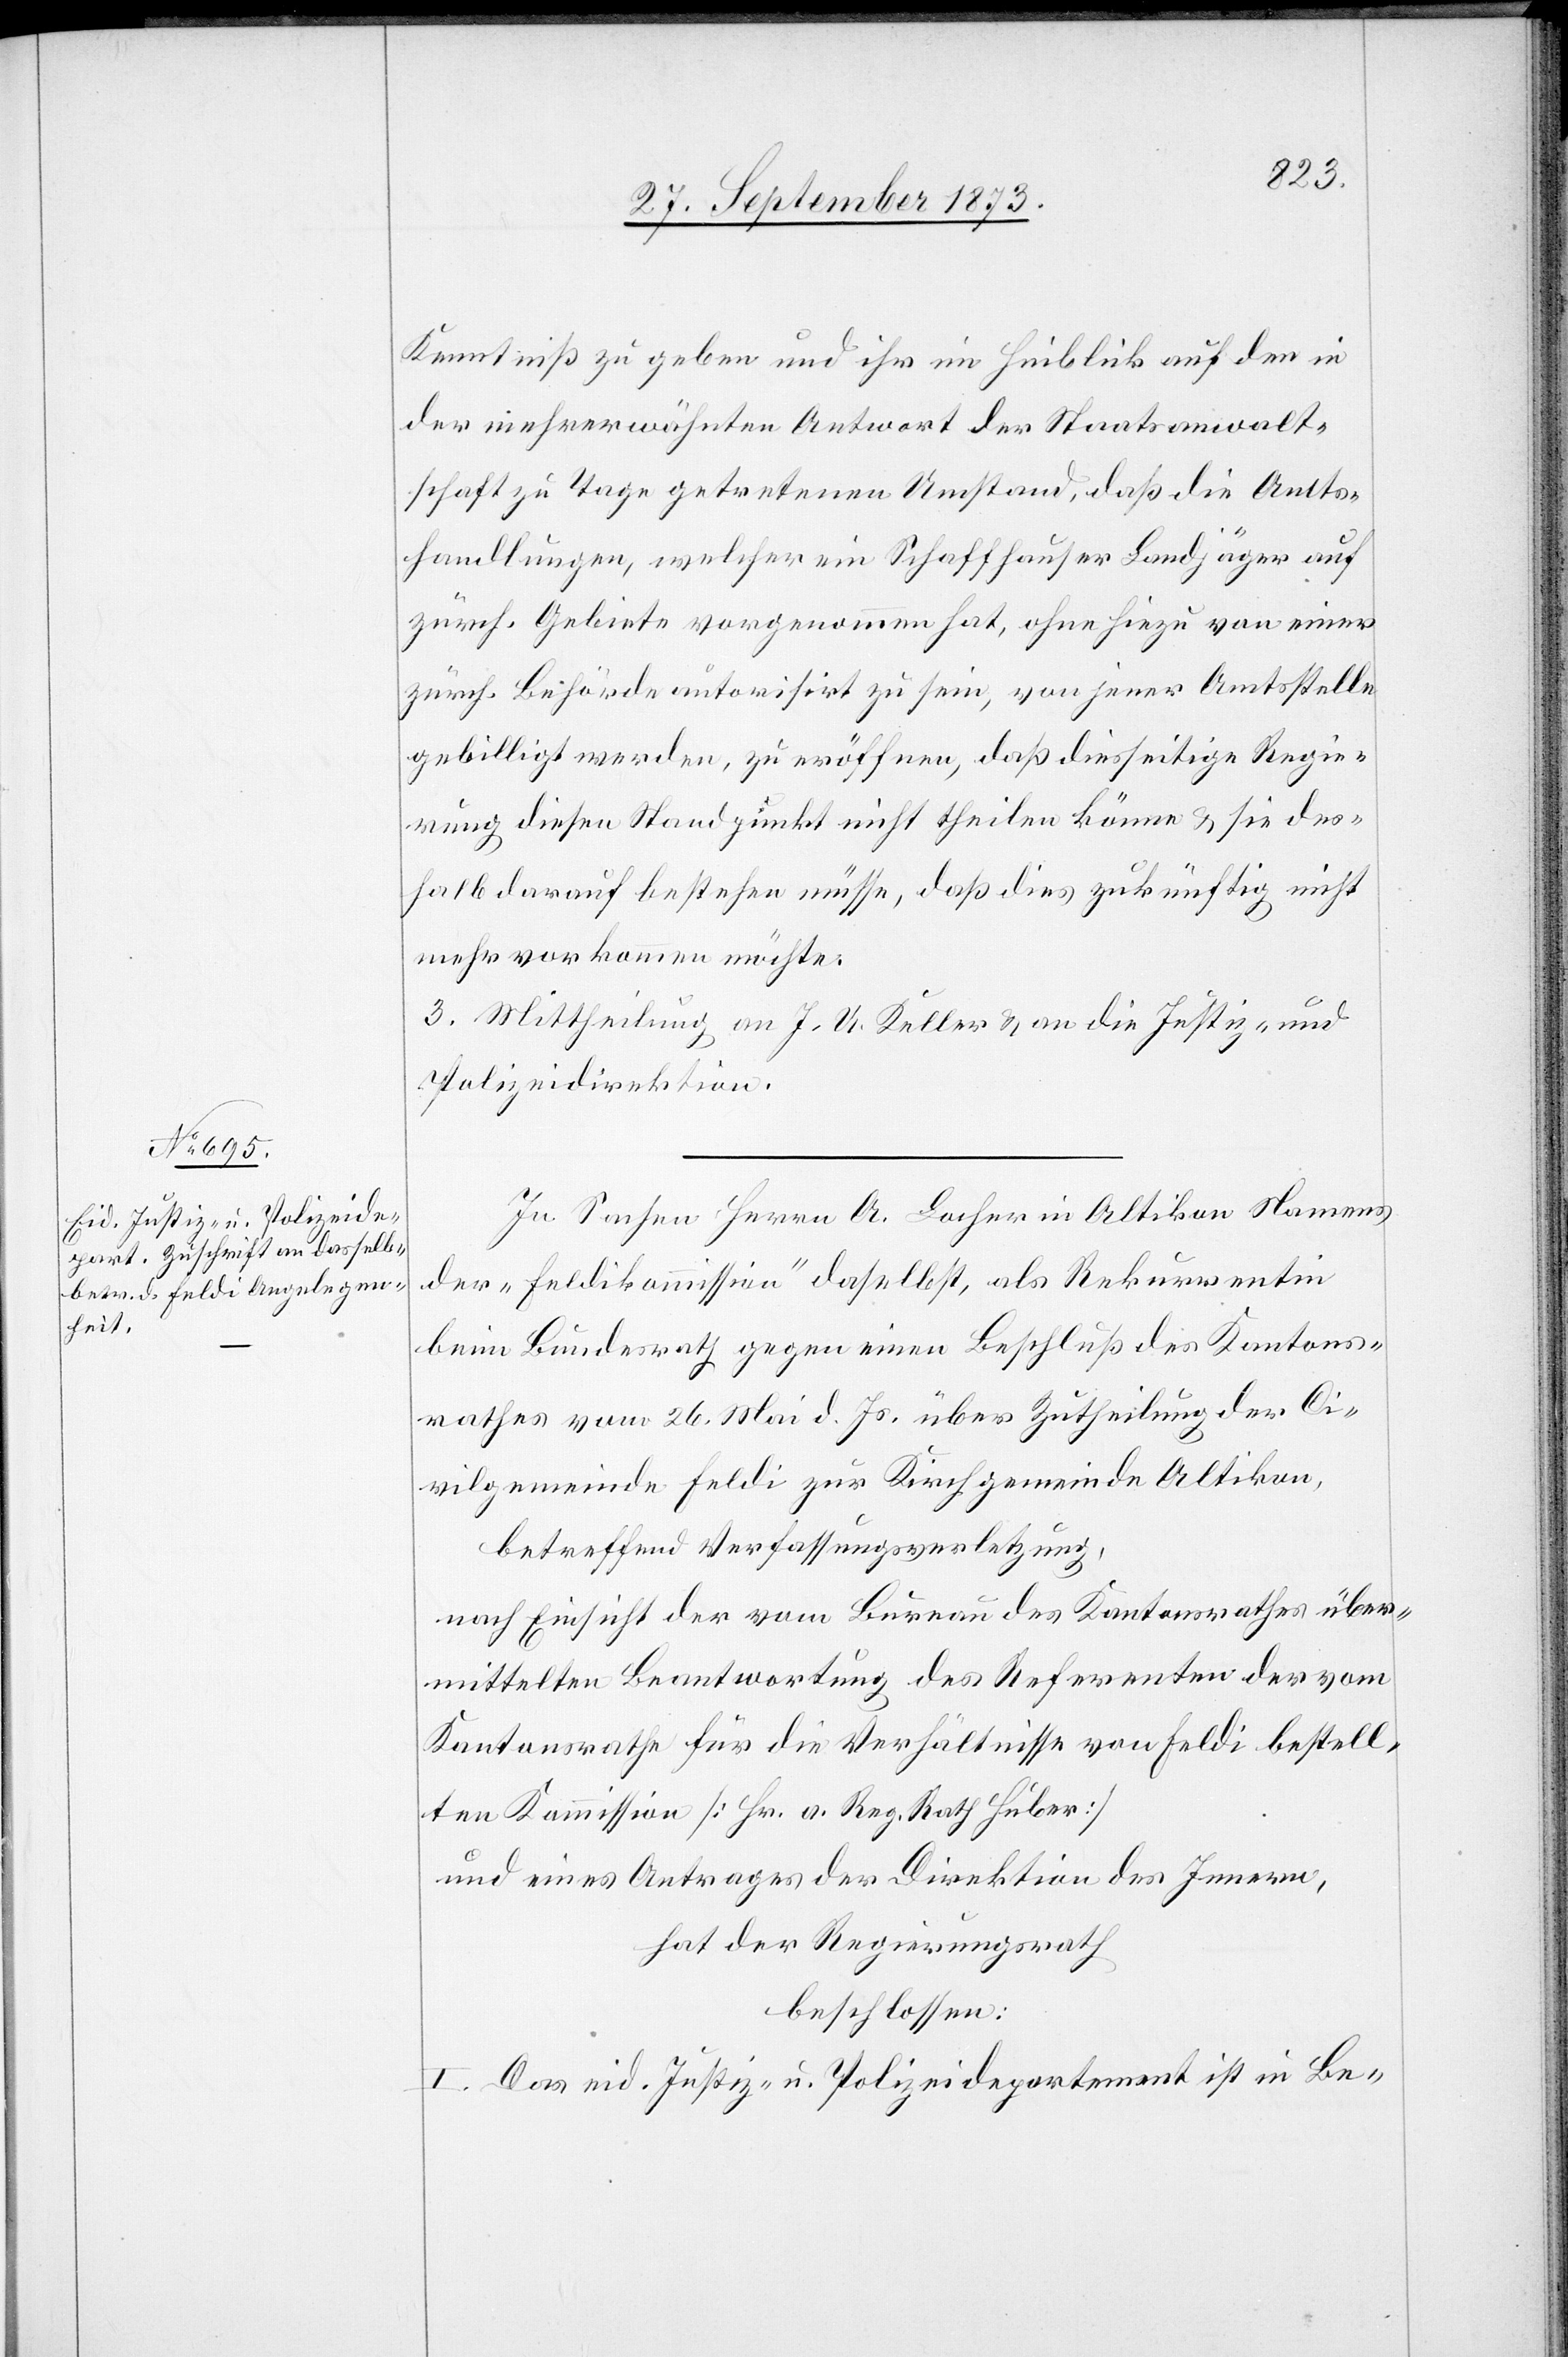
Kenntniß zu geben und ihr im Hinblick auf den in
der mehrerwähnten Antwort der Staatsanwalt¬
schaft zu Tage getretenen Umstand, daß die Amts¬
handlungen, welcher ein Schaffhauser Landjäger auf
zürch. Gebiete vorgenommen hat, ohne hiezu von einer
zürch. Behörde autorisirt zu sein, von jener Amtsstelle
gebilligt werden, zu eröffnen, daß diesseitige Regie¬
rung diesen Standpunkt nicht theilen könne & sie des¬
halb darauf bestehen müsse, daß dies zukünftig nicht
mehr vorkommen möchte.
3. Mittheilung an J. U. Keller & an die Justiz- und
Polizeidirektion.
In Sachen Herrn A. Locher in Altikon Namens
der „Feldikommission“ daselbst, als Rekurrentin
beim Bundesrath gegen einen Beschluß des Kantons¬
rathes vom 26. Mai d. Js. über Zutheilung der Ci¬
vilgemeinde Feldi zur Kirchgemeinde Altikon,
betreffend Verfassungsverletzung,
nach Einsicht der vom Bureau des Kantonsrathes über¬
mittelten Beantwortung des Referenten der vom
Kantonsrathe für die Verhältnisse von Feldi bestell¬
ten Kommission [Hr. a. Reg. Rath Huber]
und eines Antrages der Direktion des Innern,
hat der Regierungsrath
beschlossen:
I. Das eid. Justiz- u. Polizeidepartement ist in Be-